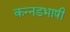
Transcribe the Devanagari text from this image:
कन्नडभाषी